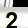
Digit: 2